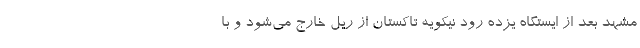
مشهد بعد از ایستگاه یزده رود نیکویه تاکستان از ریل خارج می‌شود و با